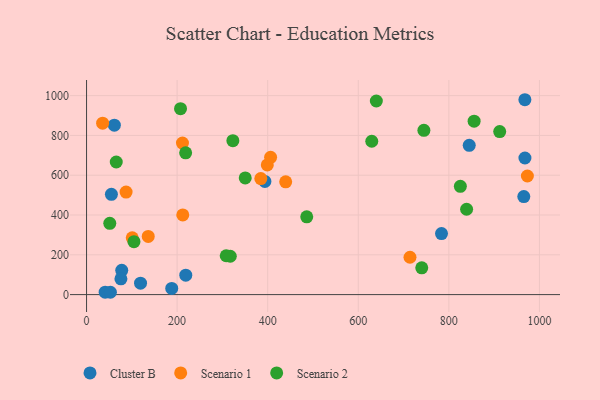
{"axis": {"x": "Ad Spend", "y": "Salary"}, "legend": ["Cluster B", "Scenario 1", "Scenario 2"], "data": [{"x": "119.2", "y": 57.4, "type": "Cluster B"}, {"x": "219.1", "y": 97.5, "type": "Cluster B"}, {"x": "783.8", "y": 306.9, "type": "Cluster B"}, {"x": "845.0", "y": 750.3, "type": "Cluster B"}, {"x": "41.1", "y": 12.1, "type": "Cluster B"}, {"x": "54.9", "y": 503.9, "type": "Cluster B"}, {"x": "965.5", "y": 492.6, "type": "Cluster B"}, {"x": "77.7", "y": 122.0, "type": "Cluster B"}, {"x": "393.8", "y": 568.6, "type": "Cluster B"}, {"x": "61.4", "y": 851.4, "type": "Cluster B"}, {"x": "968.0", "y": 686.5, "type": "Cluster B"}, {"x": "52.7", "y": 11.7, "type": "Cluster B"}, {"x": "967.9", "y": 979.4, "type": "Cluster B"}, {"x": "188.1", "y": 31.0, "type": "Cluster B"}, {"x": "75.9", "y": 79.1, "type": "Cluster B"}, {"x": "100.9", "y": 285.6, "type": "Scenario 1"}, {"x": "439.7", "y": 566.7, "type": "Scenario 1"}, {"x": "212.5", "y": 400.6, "type": "Scenario 1"}, {"x": "399.1", "y": 651.8, "type": "Scenario 1"}, {"x": "973.4", "y": 596.1, "type": "Scenario 1"}, {"x": "384.8", "y": 583.1, "type": "Scenario 1"}, {"x": "406.4", "y": 690.1, "type": "Scenario 1"}, {"x": "87.3", "y": 515.2, "type": "Scenario 1"}, {"x": "35.5", "y": 861.4, "type": "Scenario 1"}, {"x": "211.8", "y": 761.5, "type": "Scenario 1"}, {"x": "136.2", "y": 292.3, "type": "Scenario 1"}, {"x": "714.2", "y": 187.8, "type": "Scenario 1"}, {"x": "207.5", "y": 934.4, "type": "Scenario 2"}, {"x": "744.9", "y": 825.8, "type": "Scenario 2"}, {"x": "855.8", "y": 871.8, "type": "Scenario 2"}, {"x": "486.2", "y": 390.9, "type": "Scenario 2"}, {"x": "839.2", "y": 428.9, "type": "Scenario 2"}, {"x": "825.4", "y": 544.2, "type": "Scenario 2"}, {"x": "317.4", "y": 192.8, "type": "Scenario 2"}, {"x": "51.3", "y": 358.4, "type": "Scenario 2"}, {"x": "308.4", "y": 195.3, "type": "Scenario 2"}, {"x": "629.8", "y": 770.8, "type": "Scenario 2"}, {"x": "912.3", "y": 819.2, "type": "Scenario 2"}, {"x": "104.7", "y": 266.2, "type": "Scenario 2"}, {"x": "218.8", "y": 712.5, "type": "Scenario 2"}, {"x": "740.2", "y": 134.5, "type": "Scenario 2"}, {"x": "65.6", "y": 666.4, "type": "Scenario 2"}, {"x": "323.1", "y": 773.5, "type": "Scenario 2"}, {"x": "639.9", "y": 972.9, "type": "Scenario 2"}, {"x": "350.4", "y": 586.4, "type": "Scenario 2"}]}